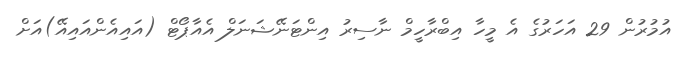
އުމުރުން 29 އަހަރުގެ އެ މީހާ އިބްރާހީމް ނާސިރު އިންޓަނޭޝަނަލް އެއާޕޯޓް (އައިއެންއައިއޭ)އަށް